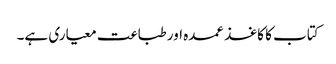
کتاب کا کاغذ عمدہ اور طباعت معیاری ہے۔